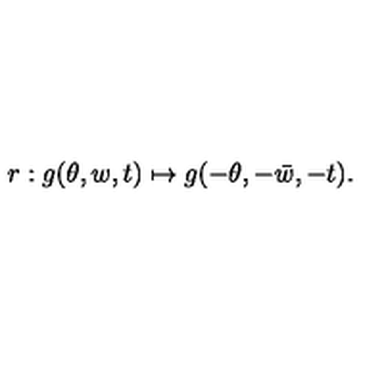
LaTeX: r : g ( \theta , w , t ) \mapsto g ( - \theta , - \bar { w } , - t ) .